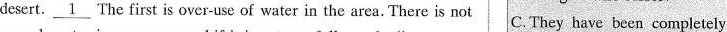
desert. \underline{1} The first is over-use of water in the area. There is not C.They have been completely